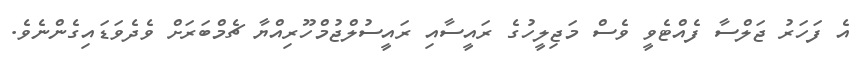
އެ ފަހަރު ޖަލްސާ ފެއްޓެވީ ވެސް މަޖިލީހުގެ ރައީސާއި ރައީސުލްޖުމްހޫރިއްޔާ ޗެމްބަރަށް ވެދެވަޑައިގެންނެވެ.